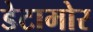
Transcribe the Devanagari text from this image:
डेटामोर